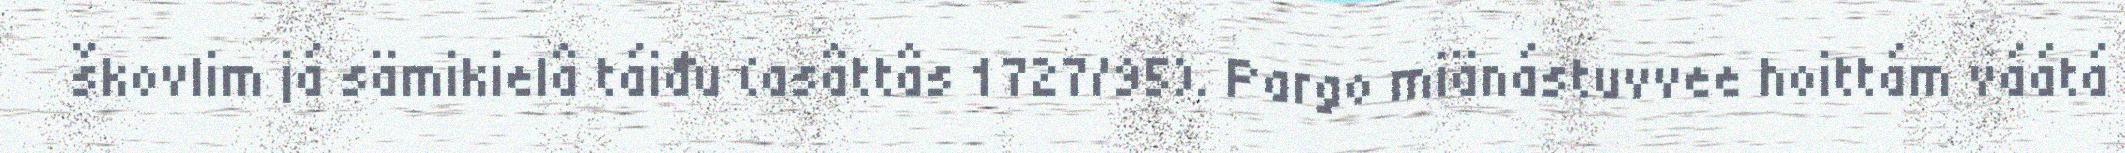
škovlim já sämikielâ táiđu (asâttâs 1727/95). Pargo miänástuvvee hoittám váátá